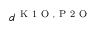
d ^ { \mathrm { ~ K ~ 1 ~ O ~ } , \mathrm { ~ P ~ 2 ~ O ~ } }